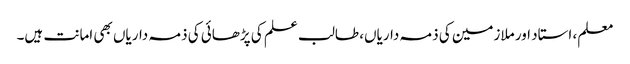
معلم، استاد اور ملازمین کی ذمہ داریاں، طالب علم کی پڑھائی کی ذمہ داریاں بھی امانت ہیں۔